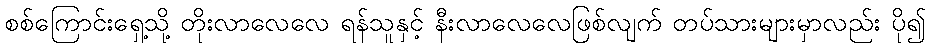
စစ်ကြောင်းရှေ့သို့ တိုးလာလေလေ ရန်သူနှင့် နီးလာလေလေဖြစ်လျက် တပ်သားများမှာလည်း ပို၍